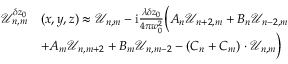
\begin{array} { r l } { \mathcal { U } _ { n , m } ^ { \delta z _ { 0 } } } & { ( x , y , z ) \approx \mathcal { U } _ { n , m } - \mathrm { i } \frac { \lambda \delta z _ { 0 } } { 4 \pi w _ { 0 } ^ { 2 } } \Big ( A _ { n } \mathcal { U } _ { n + 2 , m } + B _ { n } \mathcal { U } _ { n - 2 , m } } \\ & { + A _ { m } \mathcal { U } _ { n , m + 2 } + B _ { m } \mathcal { U } _ { n , m - 2 } - ( C _ { n } + C _ { m } ) \cdot \mathcal { U } _ { n , m } \Big ) } \end{array}